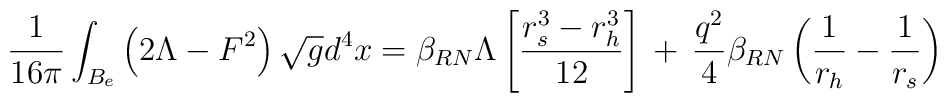
\frac{1}{16\pi} \int_{B_{e}} \left(2\Lambda - F^{2}\right) \sqrt{g} d^{4}x = \beta_{RN}\Lambda \left[ \frac{r_{s}^{3} - r_{h}^{3}}{12}\right] \,+\, \frac{q^{2}}{4}\beta_{RN} \left( \frac{1}{r_{h}} - \frac{1}{r_{s}} \right)